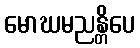
မောဃမညန္တိပေ